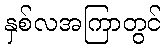
နှစ်လအကြာတွင်